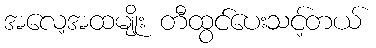
အလေ့အထမျိုး တီထွင်ပေးသင့်တယ်